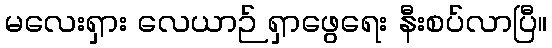
မလေးရှား လေယာဉ် ရှာဖွေရေး နီးစပ်လာပြီ။